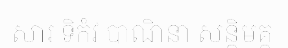
សារ ទិកំវ បាណិនា សន្តិមគ្គ